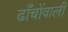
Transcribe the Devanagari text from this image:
ढाँचोंवाली